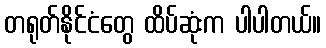
တရုတ်နိုင်ငံတွေ ထိပ်ဆုံးက ပါပါတယ်။